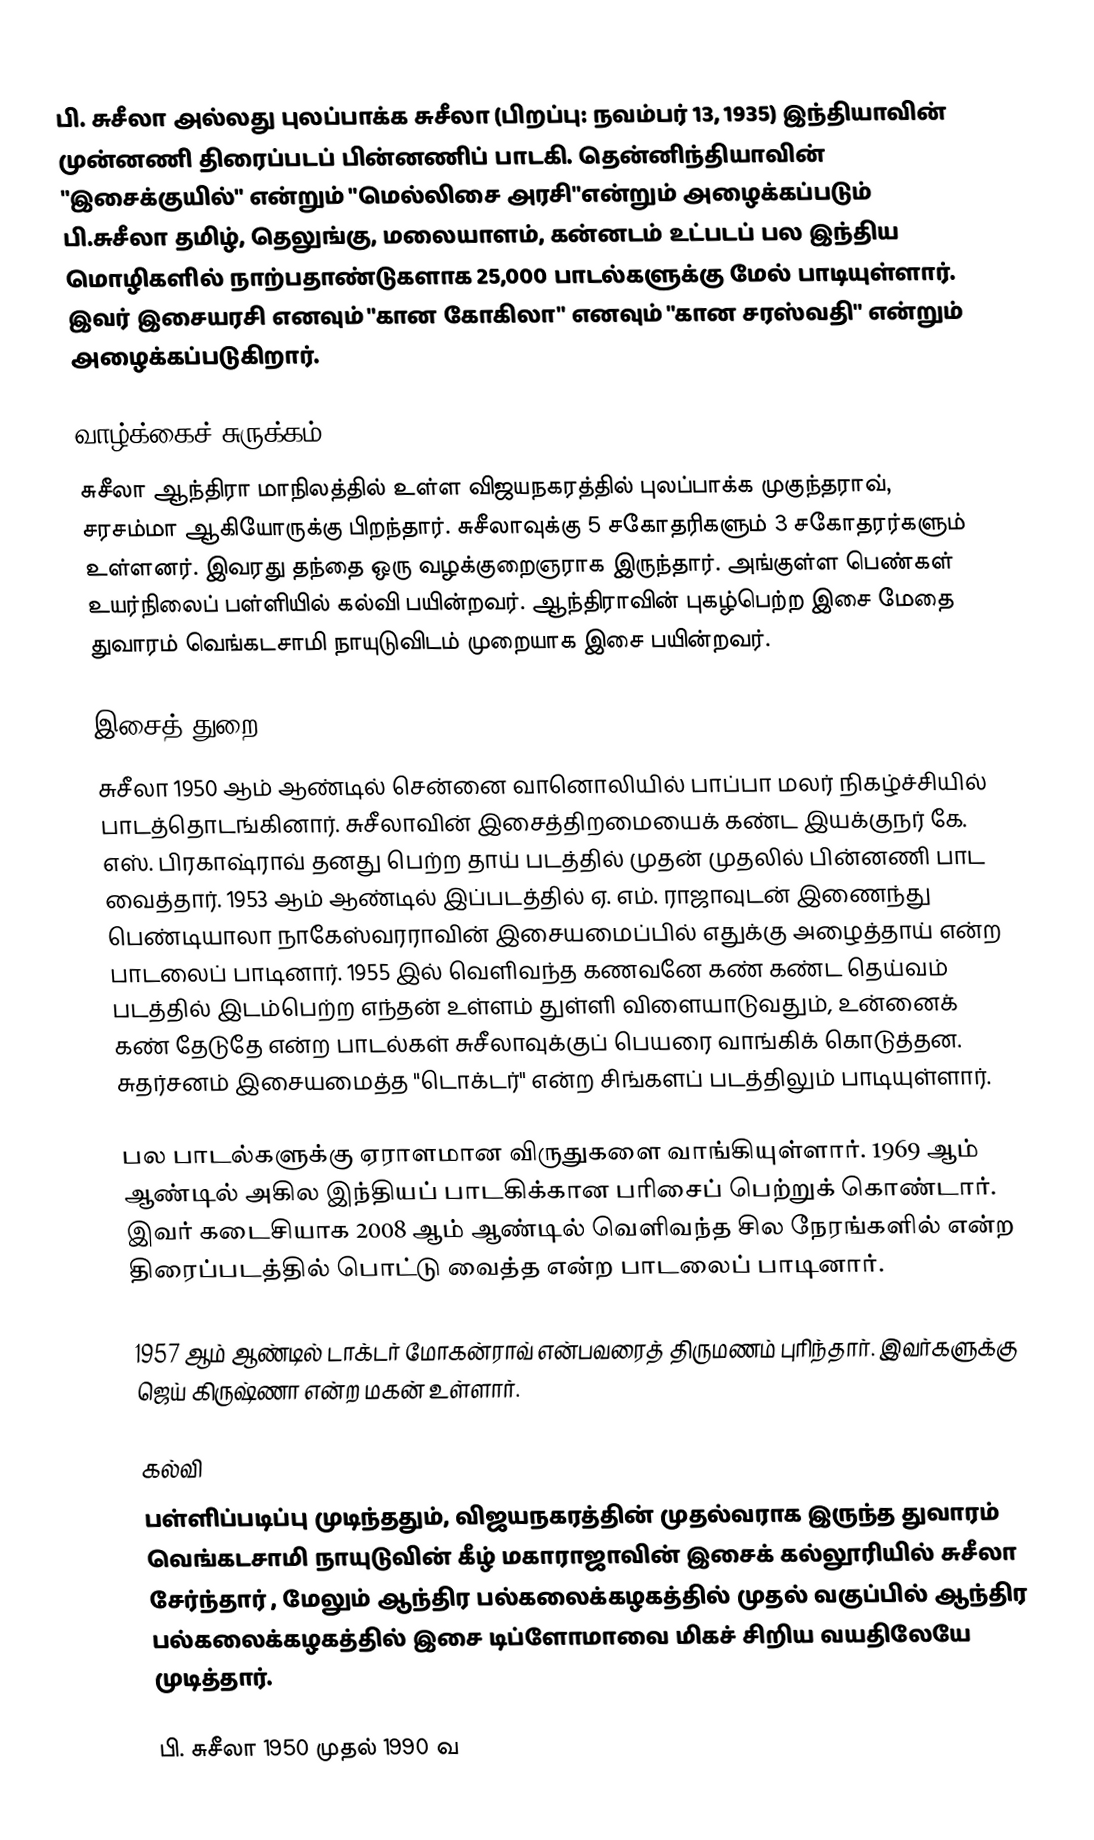
பி. சுசீலா அல்லது புலப்பாக்க சுசீலா (பிறப்பு: நவம்பர் 13, 1935) இந்தியாவின் முன்னணி திரைப்படப் பின்னணிப் பாடகி. தென்னிந்தியாவின் "இசைக்குயில்"  என்றும்  "மெல்லிசை அரசி"என்றும் அழைக்கப்படும் பி.சுசீலா தமிழ், தெலுங்கு, மலையாளம், கன்னடம் உட்படப் பல இந்திய மொழிகளில் நாற்பதாண்டுகளாக 25,000 பாடல்களுக்கு மேல் பாடியுள்ளார். இவர்  இசையரசி  எனவும்  "கான கோகிலா" எனவும்  "கான சரஸ்வதி" என்றும் அழைக்கப்படுகிறார்.

வாழ்க்கைச் சுருக்கம்
சுசீலா ஆந்திரா மாநிலத்தில் உள்ள விஜயநகரத்தில் புலப்பாக்க முகுந்தராவ், சரசம்மா ஆகியோருக்கு பிறந்தார். சுசீலாவுக்கு 5 சகோதரிகளும் 3 சகோதரர்களும் உள்ளனர். இவரது தந்தை ஒரு வழக்குறைஞராக இருந்தார். அங்குள்ள பெண்கள் உயர்நிலைப் பள்ளியில் கல்வி பயின்றவர். ஆந்திராவின் புகழ்பெற்ற இசை மேதை துவாரம் வெங்கடசாமி நாயுடுவிடம் முறையாக இசை பயின்றவர்.

இசைத் துறை
சுசீலா 1950 ஆம் ஆண்டில் சென்னை வானொலியில் பாப்பா மலர் நிகழ்ச்சியில் பாடத்தொடங்கினார். சுசீலாவின் இசைத்திறமையைக் கண்ட இயக்குநர் கே. எஸ். பிரகாஷ்ராவ் தனது பெற்ற தாய் படத்தில் முதன் முதலில் பின்னணி பாட வைத்தார். 1953 ஆம் ஆண்டில் இப்படத்தில் ஏ. எம். ராஜாவுடன் இணைந்து பெண்டியாலா நாகேஸ்வரராவின் இசையமைப்பில் எதுக்கு அழைத்தாய் என்ற பாடலைப் பாடினார். 1955 இல் வெளிவந்த கணவனே கண் கண்ட தெய்வம் படத்தில் இடம்பெற்ற எந்தன் உள்ளம் துள்ளி விளையாடுவதும், உன்னைக் கண் தேடுதே என்ற பாடல்கள் சுசீலாவுக்குப் பெயரை வாங்கிக் கொடுத்தன. சுதர்சனம் இசையமைத்த "டொக்டர்" என்ற சிங்களப் படத்திலும் பாடியுள்ளார்.

பல பாடல்களுக்கு ஏராளமான விருதுகளை வாங்கியுள்ளார். 1969 ஆம் ஆண்டில் அகில இந்தியப் பாடகிக்கான பரிசைப் பெற்றுக் கொண்டார்.  இவர் கடைசியாக 2008 ஆம் ஆண்டில் வெளிவந்த சில நேரங்களில் என்ற திரைப்படத்தில் பொட்டு வைத்த என்ற பாடலைப் பாடினார்.

1957 ஆம் ஆண்டில் டாக்டர் மோகன்ராவ் என்பவரைத் திருமணம் புரிந்தார். இவர்களுக்கு ஜெய் கிருஷ்ணா என்ற மகன் உள்ளார்.

கல்வி
பள்ளிப்படிப்பு முடிந்ததும், விஜயநகரத்தின் முதல்வராக இருந்த துவாரம் வெங்கடசாமி நாயுடுவின் கீழ் மகாராஜாவின் இசைக் கல்லூரியில் சுசீலா சேர்ந்தார் , மேலும் ஆந்திர பல்கலைக்கழகத்தில் முதல் வகுப்பில் ஆந்திர பல்கலைக்கழகத்தில் இசை டிப்ளோமாவை மிகச் சிறிய வயதிலேயே முடித்தார்.

பி. சுசீலா 1950 முதல் 1990 வ